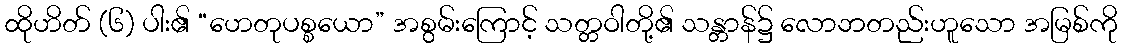
ထိုဟိတ် (၆) ပါး၏ “ဟေတုပစ္စယော” အစွမ်းကြောင့် သတ္တဝါတို့၏ သန္တာန်၌ လောဘတည်းဟူသော အမြစ်ကို